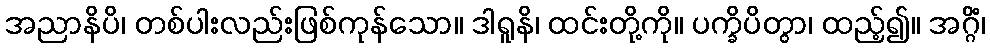
အညာနိပိ၊ တစ်ပါးလည်းဖြစ်ကုန်သော။ ဒါရူနိ၊ ထင်းတို့ကို။ ပက္ခိပိတွာ၊ ထည့်၍။ အဂ္ဂိံ၊